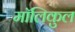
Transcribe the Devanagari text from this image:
मॉलिकुल